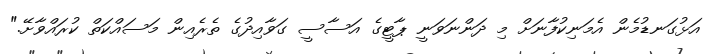
އަޅުގަނޑުމެން އެމަނިކުފާނަށް މި ދަންނަވަނީ ޕާޓީގެ އަސާސީ ގަވާއިދުގެ ތެރެއިން މަސައްކަތް ކުރައްވާށޭ."